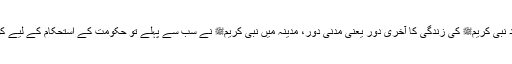
اس کے بعد نبی کریمﷺ کی زندگی کا آخری دور یعنی مدنی دور، مدینہ میں نبی کریمﷺ نے سب سے پہلے تو حکومت کے استحکام کے لیے کوششیں کی۔